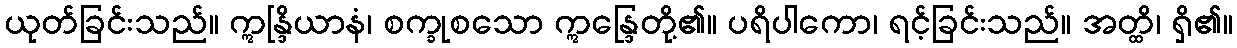
ယုတ်ခြင်းသည်။ ဣန္ဒြိယာနံ၊ စက္ခုစသော ဣန္ဒြေတို့၏။ ပရိပါကော၊ ရင့်ခြင်းသည်။ အတ္ထိ၊ ရှိ၏။